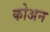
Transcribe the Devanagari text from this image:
कोअन